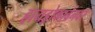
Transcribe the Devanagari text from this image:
हायड्रोकार्बनवर